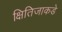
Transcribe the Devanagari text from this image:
क्षितिजाकडे